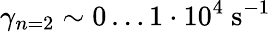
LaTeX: {\gamma_{n=2}\sim 0\dots 1\cdot 10^{4}~\mathrm{s}^{-1}}